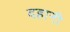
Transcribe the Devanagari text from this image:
दहानी